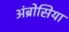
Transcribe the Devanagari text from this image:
अंब्रोसिया